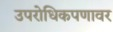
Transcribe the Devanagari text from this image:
उपरोधिकपणावर